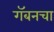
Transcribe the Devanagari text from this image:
गॅबनचा